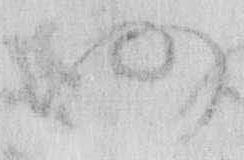
仍